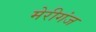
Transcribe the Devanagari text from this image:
मेरीगंज